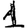
Digit: 1